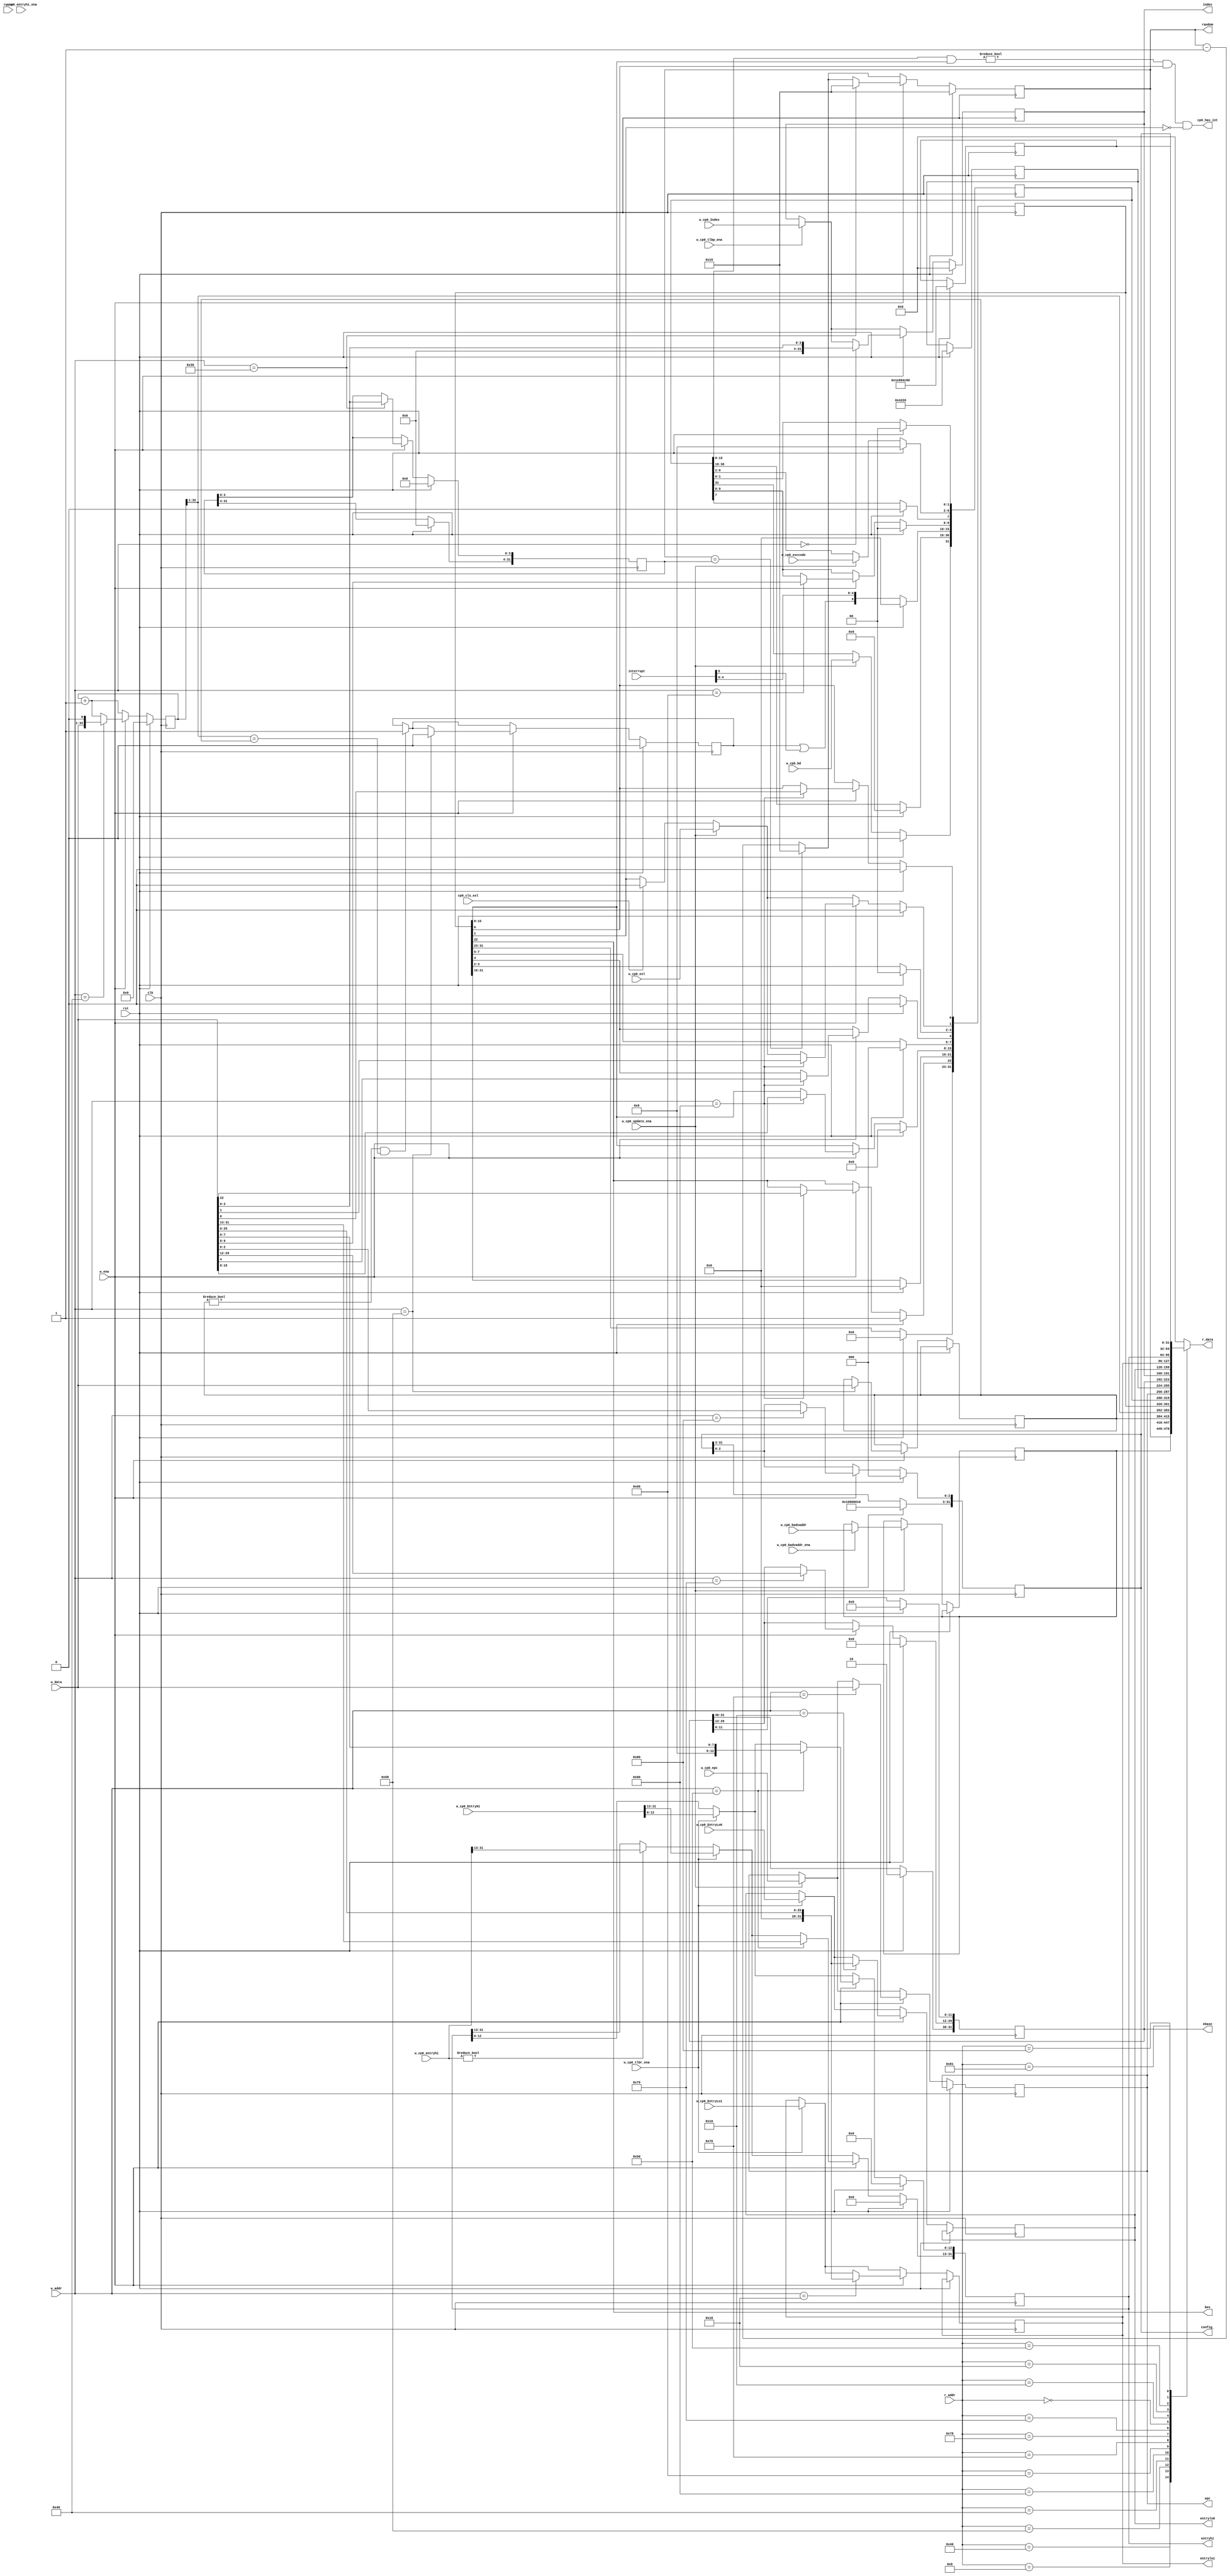
`timescale 1ns / 1ps

module cp0 (
    input   wire        clk,
    input   wire        rst,
    (*mark_debug="true"*) input   wire [5 :0] interrupt,
    
    // read cp0 from software
    input   wire        r_ena,
    input   wire [7 :0] r_addr,
    output  reg  [31:0] r_data,
    
    // write cp0 from software
    input   wire        w_ena,
    input   wire [7 :0] w_addr,
    input   wire [31:0] w_data,

    // show
    output  wire [31:0] epc,
    output  wire [31:0] ebase,
    output  wire [31:0] index,
    output  wire [31:0] entryhi,
    output  wire [31:0] entrylo0,
    output  wire [31:0] entrylo1,
    output  wire [31:0] config_,
    output  wire [31:0] random,

    output  wire        bev,

    (*mark_debug="true"*) output  wire        cp0_has_int,

    input   wire        cp0_cls_exl,

    input   wire        w_cp0_update_ena,
    input   wire [4 :0] w_cp0_exccode,
    input   wire        w_cp0_bd,
    input   wire        w_cp0_exl,
    input   wire [31:0] w_cp0_epc,
    input   wire        w_cp0_badvaddr_ena,
    input   wire [31:0] w_cp0_badvaddr,
    input   wire        w_cp0_entryhi_ena,
    input   wire [31:0] w_cp0_entryhi,

    input   wire        w_cp0_tlbp_ena,
    input   wire        w_cp0_tlbr_ena,
    input   wire [31:0] w_cp0_Index,
    input   wire [31:0] w_cp0_EntryHi,
    input   wire [31:0] w_cp0_EntryLo0,
    input   wire [31:0] w_cp0_EntryLo1
);

    reg [31:0]  BadVAddr;    // can't be written from software
    reg [32:0]  Count;
    reg [31:0]  Compare;
    reg [31:0]  EPC;
    reg [31:0]  Ebase;
    (*mark_debug="true"*) reg [31:0]  Status;
    (*mark_debug="true"*) reg [31:0]  Cause;
    reg [31:0]  Index;
    reg [31:0]  Random;
    reg [31:0]  Wired;
    reg [31:0]  PRId;
    reg [31:0]  EntryHi;
    reg [31:0]  EntryLo0;
    reg [31:0]  EntryLo1;
    reg [31:0]  Config;
    reg [31:0]  Config1;

    (*mark_debug="true"*) reg         timer_int;

    assign bev          = Status[22];
    assign epc          = EPC;
    assign ebase        = Ebase;
    assign index        = Index;
    assign entryhi      = EntryHi;
    assign entrylo0     = EntryLo0;
    assign entrylo1     = EntryLo1;
    assign config_      = Config;
    assign random       = Random;
    assign cp0_has_int  = ((Cause[15:8] & Status[15:8]) != 8'h0) & Status[0] & ~Status[1];

    always @(posedge clk) begin
        if (rst) begin
            Status      <= {9'd0, 1'd1, 6'd0, 8'd0, 6'd0, 1'd0, 1'd0};
            timer_int   <= 1'b0;
            Count       <= 33'h0;
            Cause       <= 32'd0;
            Index       <= 32'd0;
            EntryHi     <= 32'h0;
            Ebase       <= 32'h8000_0000;
            Random      <= 32'h15;
            Wired       <= 32'h0;
            Config      <= {1'b1, 15'd0, 1'b0, 2'd0, 3'd0, 3'd1, 4'd0, 3'd0};   // kseg0 3'd3=cached, 3'd2=uncached
            Config1     <= {1'b0, 6'd15, 3'd2, 3'd3, 3'd1, 3'd2, 3'd3, 3'd1, 7'd0};
            PRId        <= 32'h00004220;
        end else begin
            Count           <= Count + 33'h1;
            Cause[15:10]    <= {timer_int | interrupt[5], interrupt[4: 0]};

            if (Random == Wired) begin
                Random      <= 32'h15;
            end else begin
                Random      <= Random - 32'h1;
            end

            if (Compare != 32'h0 && Count[32:1] == Compare)
                timer_int   <= 1'b1;

            if (cp0_cls_exl) begin
                Status[1]   <= 1'b0;
            end

            if (w_cp0_update_ena) begin
                Cause[6 :2] <= w_cp0_exccode;
                Cause[31]   <= w_cp0_bd;
                Status[1]   <= w_cp0_exl;
                EPC         <= w_cp0_epc;
                if (w_cp0_badvaddr_ena)
                    BadVAddr<= w_cp0_badvaddr;
            end

            if (w_cp0_entryhi) begin
                EntryHi[31:13]  <= w_cp0_entryhi[31:13];
            end

            if (w_cp0_tlbp_ena) begin
                Index       <= w_cp0_Index;
            end

            if (w_cp0_tlbr_ena) begin
                EntryHi     <= w_cp0_EntryHi;
                EntryLo0    <= w_cp0_EntryLo0;
                EntryLo1    <= w_cp0_EntryLo1;
            end

            if (w_ena) begin
                case (w_addr)
                {5'd6, 3'd0}: begin
                    Wired[3:0]      <= w_data[3:0];
                    Random          <= 32'h15;
                end

                {5'd9, 3'd0}: begin
                    Count           <= {w_data, 1'b0};    
                end

                {5'd11, 3'd0}: begin
                    Compare         <= w_data;
                    timer_int       <= 1'b0;
                end

                {5'd12, 3'd0}: begin
                    Status[22]      <= w_data[22];
                    Status[15:8]    <= w_data[15:8];
                    Status[4]       <= w_data[4];
                    Status[1]       <= w_data[1];
                    Status[0]       <= w_data[0];
                end

                {5'd13, 3'd0}: begin
                    Cause[9 :8]     <= w_data[9 :8];
                end

                {5'd14, 3'd0}: begin
                    // if (~w_cp0_update_ena)
                    EPC             <= w_data;
                end

                {5'd15, 3'd1}: begin
                    Ebase[29:12]    <= w_data[29:12];
                end

                {5'd0, 3'd0}: begin
                    Index           <= w_data[3 :0];
                end

                {5'd2, 3'd0}: begin
                    EntryLo0        <= {6'h0, w_data[25:0]};
                end

                {5'd3, 3'd0}: begin
                    EntryLo1        <= {6'h0, w_data[25:0]};
                end

                {5'd10, 3'd0}: begin
                    EntryHi         <= {w_data[31:13], 5'h0, w_data[7:0]};
                end

                {5'd16, 3'd0}: begin
                    Config[2:0]     <= w_data[2:0];
                end

                default: begin
                    
                end
                endcase
            end           
        end
    end

    always @(*) begin
        case (r_addr)
        {5'd1, 3'd0}: begin
            r_data      = Random;
        end

        {5'd8, 3'd0}: begin
            r_data      = BadVAddr;
        end

        {5'd11, 3'd0}: begin
            r_data      = Compare;
        end

        {5'd9, 3'd0}: begin
            r_data      = Count[32:1];
        end

        {5'd12, 3'd0}: begin
            r_data      = Status;
        end

        {5'd13, 3'd0}: begin
            r_data      = Cause;
        end

        {5'd14, 3'd0}: begin
            r_data      = EPC; 
        end

        {5'd15, 3'd0}: begin
            r_data      = PRId;
        end

        {5'd15, 3'd1}: begin
            r_data      = Ebase;
        end

        {5'd0, 3'd0}: begin
            r_data      = Index;
        end

        {5'd2, 3'd0}: begin
            r_data      = EntryLo0;
        end

        {5'd3, 3'd0}: begin
            r_data      = EntryLo1;
        end

        {5'd10, 3'd0}: begin
            r_data       = EntryHi; 
        end

        {5'd16, 3'd0}: begin
            r_data      = Config;
        end

        {5'd16, 3'd1}: begin
            r_data      = Config1;
        end

        default: begin
            r_data      = 32'd0;
        end
        endcase
    end
endmodule